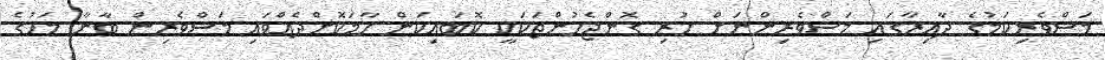
މަސްވެރިކަމުގެ ދާއިރާގައި މަސްވެރިންނަށް ހުރި ގޮންޖެހުންތަކަކީ ކޮބައިކަން ހާމަކޮށްދެއްވައި މަސްވެރިން ބާނާ މަހުގެ